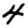
Digit: 4